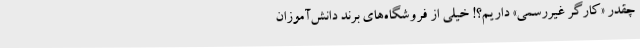
چقدر «کارگر غیررسمی» داریم؟! خیلی از فروشگاه‌های برند دانش‌آموزان